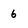
Character: 6